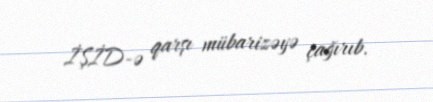
İŞİD-ə qarşı mübarizəyə çağırıb.